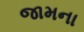
જામના